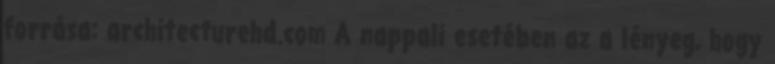
forrása: architecturehd.com A nappali esetében az a lényeg, hogy